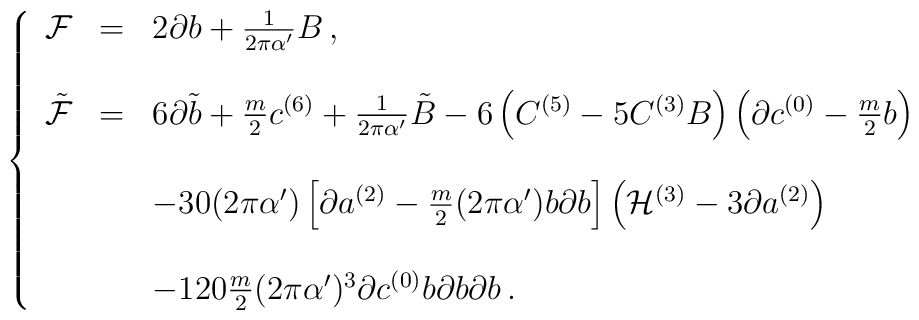
\left\{\begin{array}{rcl}{\cal F} & = & 2\partial b + \frac{1}{2\pi\alpha^{\prime}}B\, ,\\& & \\\tilde{\cal F} & = & 6\partial\tilde{b} +\frac{m}{2}c^{(6)} +\frac{1}{2\pi\alpha^{\prime}}\tilde{B}-6\left(C^{(5)} -5C^{(3)}B\right)\left(\partial c^{(0)} -\frac{m}{2}b\right)\\& & \\& &-30(2\pi\alpha^{\prime})\left[\partial a^{(2)} -\frac{m}{2}(2\pi\alpha^{\prime})b\partial b\right]\left({\cal H}^{(3)} -3\partial a^{(2)}\right)\\& & \\& & -120 \frac{m}{2}(2\pi\alpha^{\prime})^3\partial c^{(0)}b\partial b\partial b\, .\\\end{array}\right.